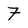
Character: 7